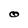
Character: O